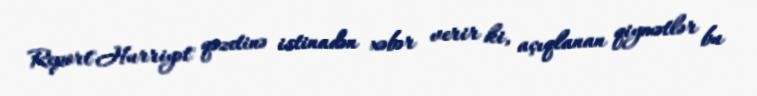
Report"Hurriyət" qəzetinə istinadən xəbər verir ki, açıqlanan qiymətlər bu